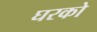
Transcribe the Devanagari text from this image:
घरको